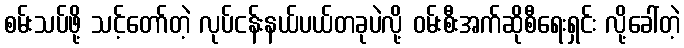
စမ်းသပ်ဖို့ သင့်တော်တဲ့ လုပ်ငန်းနယ်ပယ်တခုပဲလို့ ဝမ်းစီးအက်ဆိုစီရေးရှင်း လို့ခေါ်တဲ့